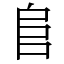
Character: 𨸏